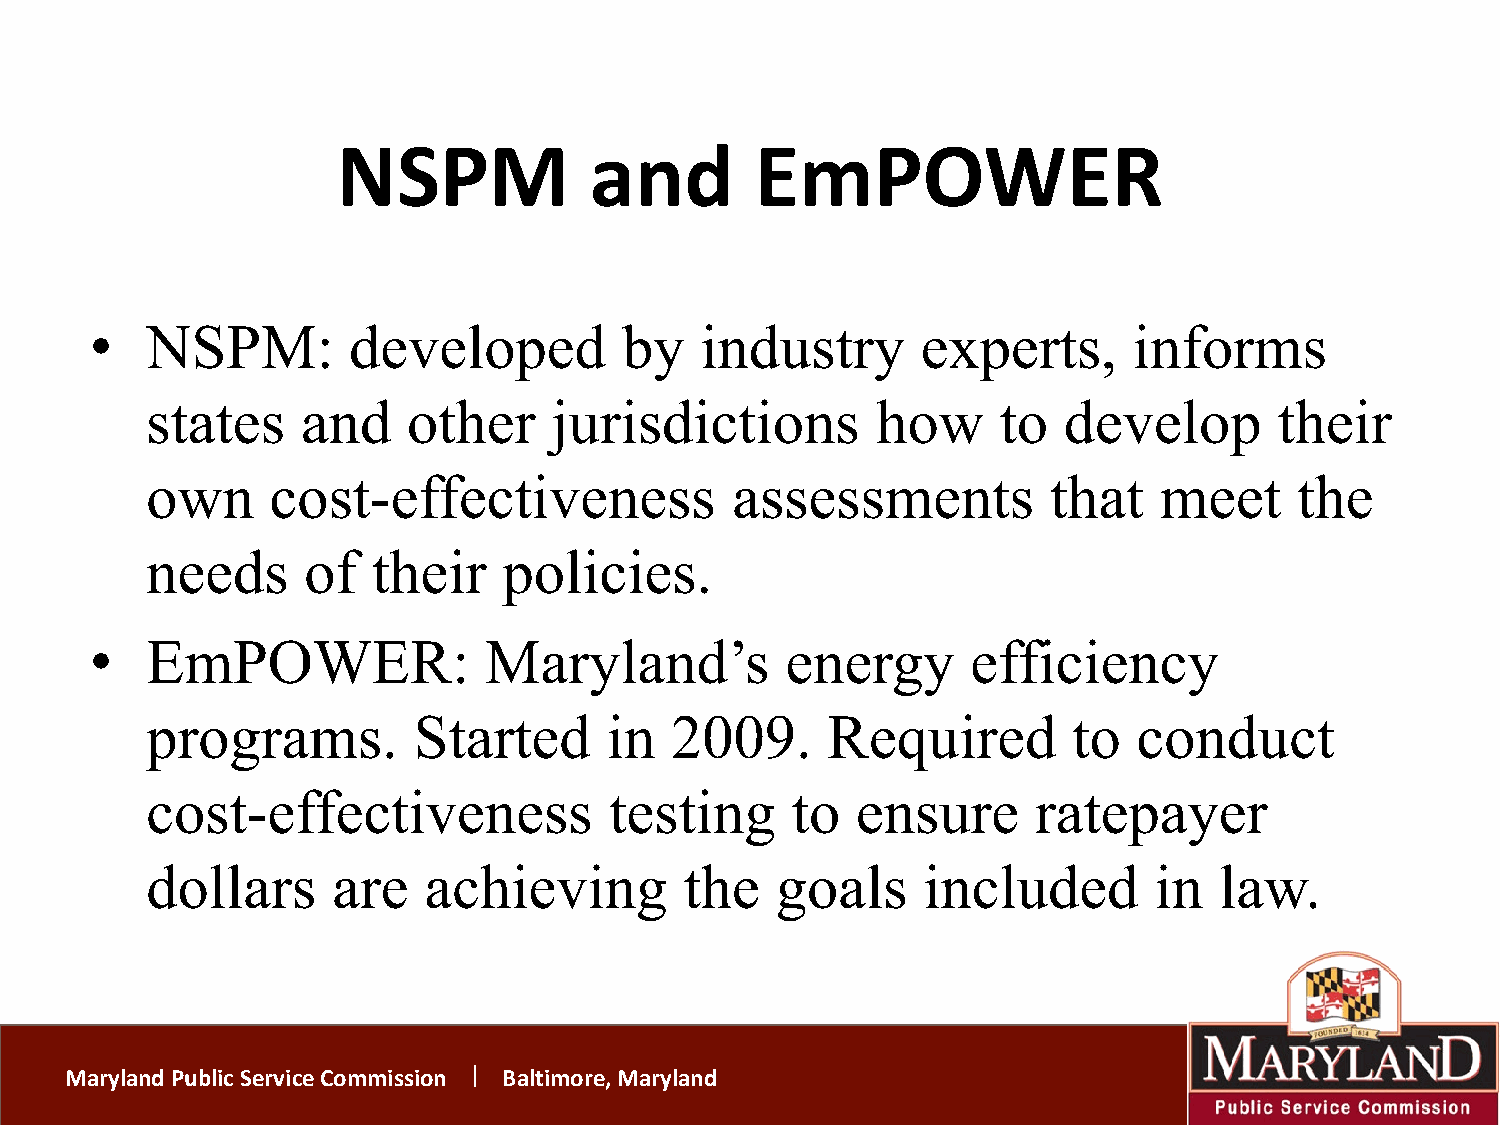
NSPM             and        EmPOWER
 •   NSPM:        developed         by   industry       experts,      informs
 states    and    other    jurisdictions         how     to  develop        their
 own     cost-effectiveness            assessments           that   meet     the
 needs     of   their   policies.
 •   EmPOWER:              Maryland’s          energy      efficiency
 programs.        Started      in  2009.      Required        to  conduct
 cost-effectiveness            testing     to   ensure      ratepayer
 dollars     are   achieving        the   goals     included       in   law.
 Maryland Public Service Commission Baltimore, Maryland